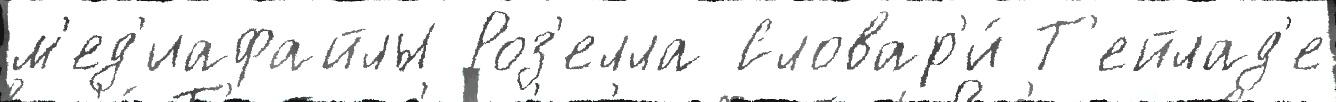
м'ед'иафайлы Роз'елла Словар'и́ Т'ейлад'е